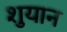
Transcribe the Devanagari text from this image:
शुयान